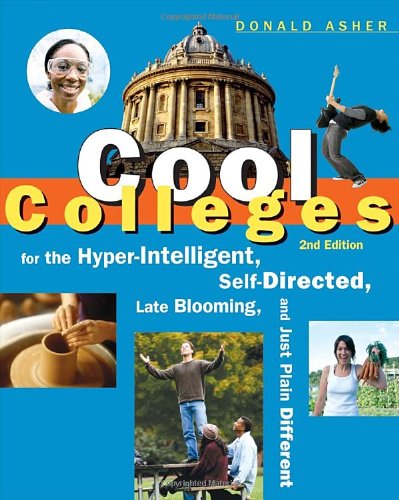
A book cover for Cool Colleges: For the Hyper-Intelligent, Self-Directed, Late Blooming, and Just Plain Different (Cool Colleges: For the Hyper-Intelligent, Self-Directed, Late Blooming, & Just Plain Different); Donald Asher; Test Preparation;